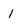
Character: 1